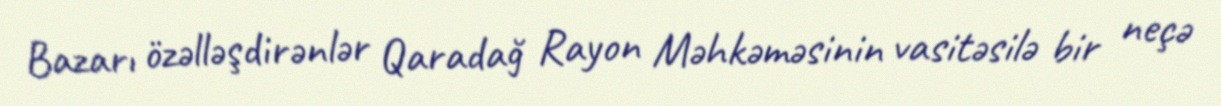
Bazarı özəlləşdirənlər Qaradağ Rayon Məhkəməsinin vasitəsilə bir neçə